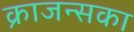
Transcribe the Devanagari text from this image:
क्राजन्सका